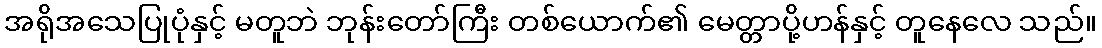
အရိုအသေပြုပုံနှင့် မတူဘဲ ဘုန်းတော်ကြီး တစ်ယောက်၏ မေတ္တာပို့ဟန်နှင့် တူနေလေ သည်။